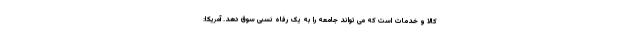
کالا و خدمات است که می تواند جامعه را به یک رفاه نسبی سوق دهد. آمریکا: